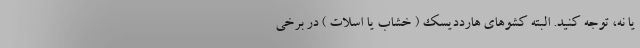
یا نه، توجه کنید. البته کشوهای هارددیسک ( خشاب یا اسلات ) در برخی